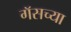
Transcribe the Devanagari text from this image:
गॅसच्या